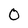
Character: 0